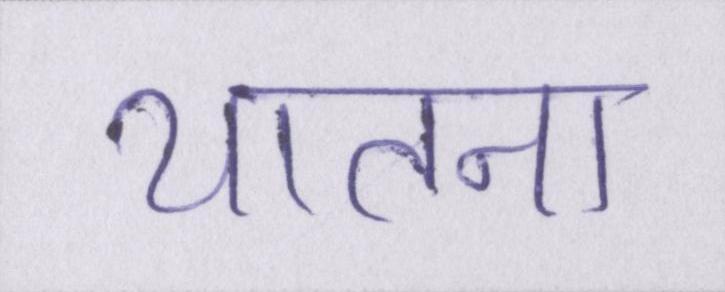
यातना